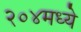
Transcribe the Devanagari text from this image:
२०४मध्ये